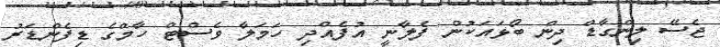
ޖެސޭ ލިންގާޑް ދިން ބޯޅައަކުން ފެލާނީ އުފެއްދި ހަމަލާ ވެސްޓް ހާމްގެ ޑިފެންޑަރު